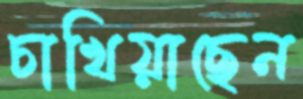
চাখিয়াছেন